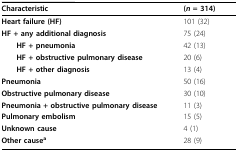
<table><thead><tr><td><b>Characteristic</b></td><td><b>(<i>n </i>= 314)</b></td></tr></thead><tbody><tr><td><b>Heart failure (HF)</b></td><td>101 (32)</td></tr><tr><td><b>HF + any additional diagnosis</b></td><td>75 (24)</td></tr><tr><td> <b>HF + pneumonia</b></td><td>42 (13)</td></tr><tr><td> <b>HF + obstructive pulmonary disease</b></td><td>20 (6)</td></tr><tr><td> <b>HF + other diagnosis</b></td><td>13 (4)</td></tr><tr><td><b>Pneumonia</b></td><td>50 (16)</td></tr><tr><td><b>Obstructive pulmonary disease</b></td><td>30 (10)</td></tr><tr><td><b>Pneumonia + obstructive pulmonary disease</b></td><td>11 (3)</td></tr><tr><td><b>Pulmonary embolism</b></td><td>15 (5)</td></tr><tr><td><b>Unknown cause</b></td><td>4 (1)</td></tr><tr><td><b>Other cause<sup>a</sup></b></td><td>28 (9)</td></tr></tbody></table>